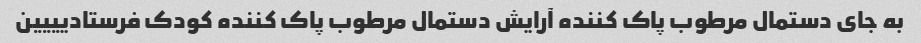
به جای دستمال مرطوب پاک کننده آرایش دستمال مرطوب پاک کننده کودک فرستادیییین